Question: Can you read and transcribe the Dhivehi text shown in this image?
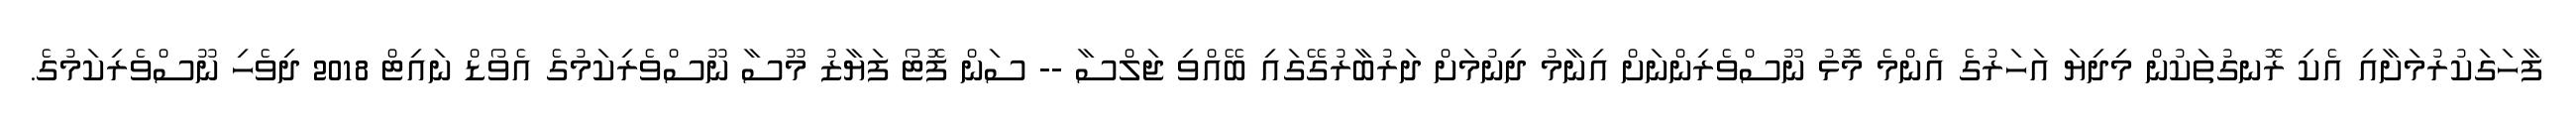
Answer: ފާހަގަކުރުމަށާއި އެކި ރޮނގުތަކުން މިދިޔަ އަހަރުގެ އެންމެ މޮޅު ނޫސްވެރިންނަށް އިނާމު ދިނުމަށް ދަރުބާރުގޭގައި ބޭއްވި ޖަލްސާ -- ސަން ފޮޓޯ ފަޔާޒު މޫސާ ނޫސްވެރިކަމުގެ އެވޯޑް ނައިޓް 2018 ދިވެހި ނޫސްވެރިކަމުގެ.